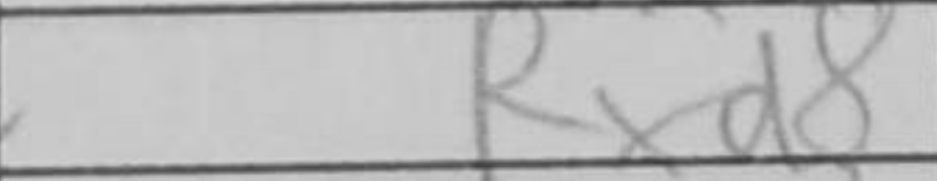
Transcription: Rxd8